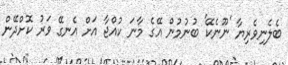
ބެލެނިވެރިޔާ 'ނޫނެކޭ' ބުނުމުން އޭގެ މާނަ ކުއްޖާ އަށް އެނގޭ ވަރު ކޮށްދޭން